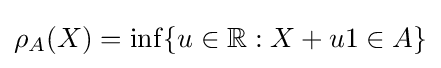
\rho _{A}(X)=\inf\{u\in \mathbb {R} :X+u1\in A\}